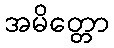
အမိတ္တော